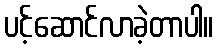
ပင့်ဆောင်လာခဲ့တာပါ။